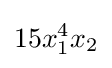
15x_{1}^{4}x_{2}